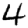
Digit: 4